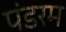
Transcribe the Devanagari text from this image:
पंडरम